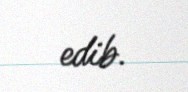
edib.